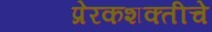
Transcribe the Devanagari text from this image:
प्रेरकशक्तीचे